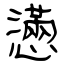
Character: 懣